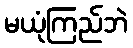
မယုံကြည်ဘဲ